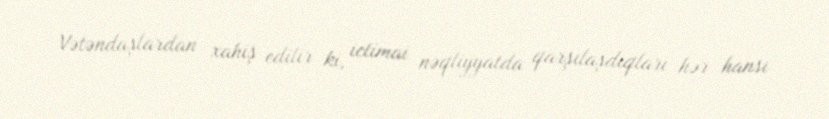
Vətəndaşlardan xahiş edilir ki, ictimai nəqliyyatda qarşılaşdıqları hər hansı